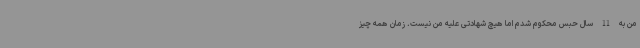
من به 11 سال حبس محکوم شدم اما هیچ شهادتی علیه من نیست. زمان همه چیز